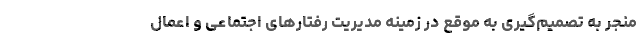
منجر به تصمیم‌گیری به موقع در زمینه مدیریت رفتارهای اجتماعی و اعمال